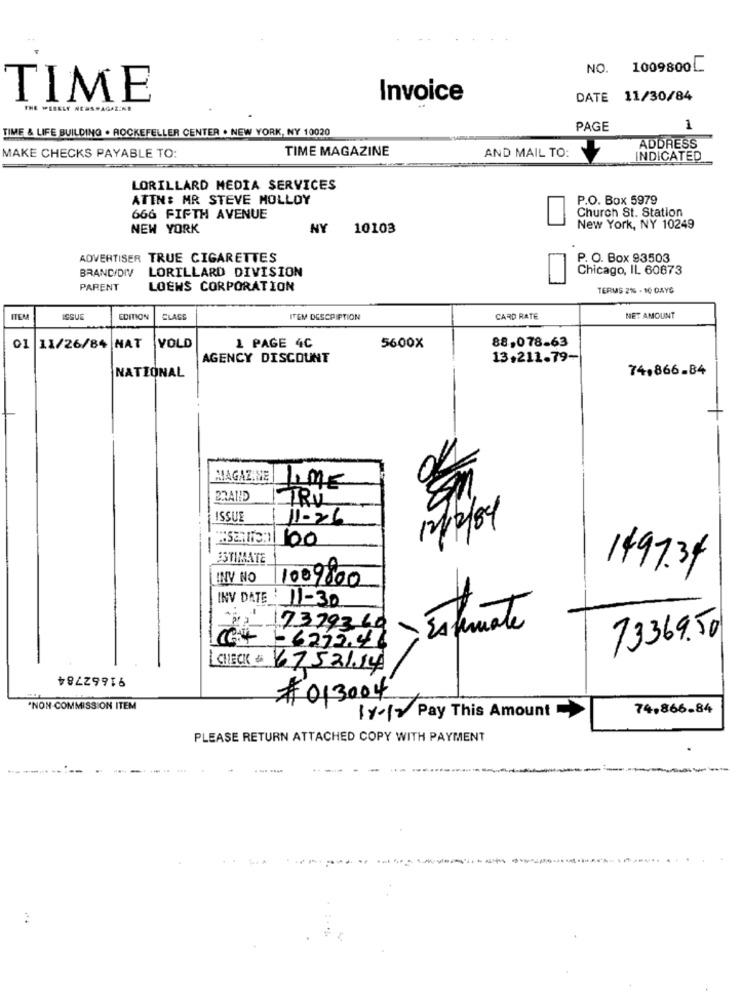
NO.
1009800[
TIME
Invoice
DATE 11/30/84
THE WEEKLY N
AGAZINE
TIME & LIFE BUILDING . ROCKEFELLER CENTER . NEW YORK, NY 10020
PAGE
1
MAKE CHECKS PAYABLE TO:
TIME MAGAZINE
ADDRESS
AND MAIL TO:
INDICATED
LORILLARD MEDIA SERVICES
ATTN: MR STEVE MOLLOY
P.O. Box 5979
Church St. Station
666 FIFTH AVENUE
NEW YORK
NY
10103
New York, NY 10249
ADVERTISER TRUE CIGARETTES
P. O. Box 93503
BRAND/DIV
LORILLARD DIVISION
Chicago, IL 60873
PARENT
LOEWS CORPORATION
TERMS 2% - 10 DAYS
ITEM
ISSUE
EDITION
CLASE
ITEM DESCRIPTION
CARD RATE
NET AMOUNT
88,078-63
01
11/26/84 NAT
VOLD
1 PAGE 4C
5600X
AGENCY DISCOUNT
13.211.79-
74,866.84
NATIONAL
MAGAZINE LIME
BRATID
TRU
ISSUE
11-26
12/2/84
sanfon/ 100
ESTIMATE
149734
INY NO
1009800
INV DATE: 11-30
17379360
- Ésfemale
73369.50
1.4 - 6232.46
91662784
CHECK # 67521.14
#013004
"NON-COMMISSION ITEM
1 x12 Pay This Amount
74.866-84
PLEASE RETURN ATTACHED COPY WITH PAYMENT
----